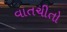
વાતચીતો